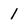
Character: 1